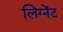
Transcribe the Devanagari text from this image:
लिग्नेंट